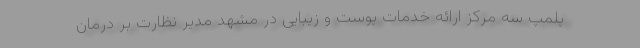
پلمپ سه مرکز ارائه خدمات پوست و زیبایی در مشهد مدیر نظارت بر درمان